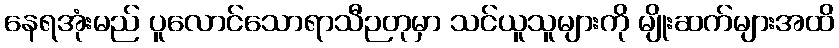
နေရအုံးမည် ပူလောင်သောရာသီဉတုမှာ သင်ယူသူများကို မျိုးဆက်များအထိ